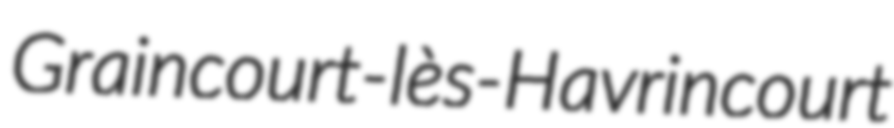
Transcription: Graincourt-lès-Havrincourt